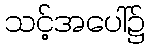
သင့်အပေါ်၌